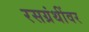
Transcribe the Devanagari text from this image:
रसग्रंथींवर